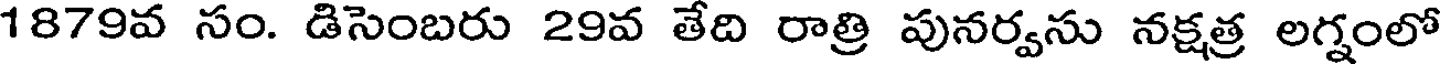
1879వ సం. డిసెంబరు 29వ తేది రాత్రి పునర్వసు నక్షత్ర లగ్నంలో